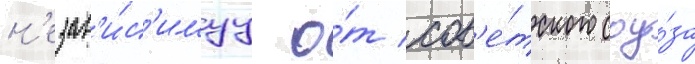
н'езав'и́с'имуу о́т сов'е́тского соу́за